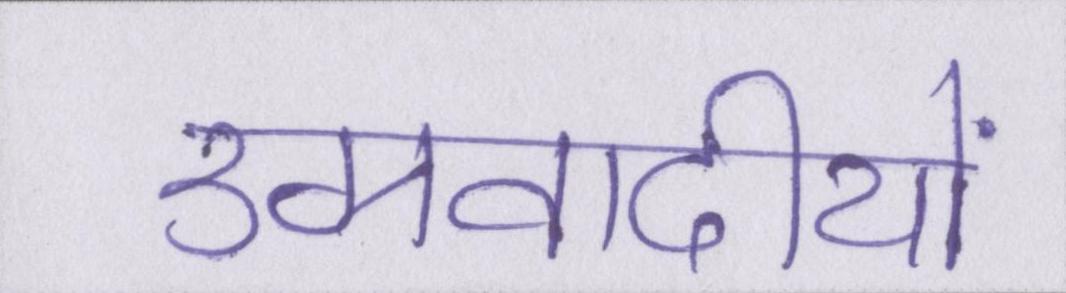
उग्रवादीयों